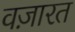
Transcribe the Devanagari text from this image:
वज़ारत